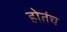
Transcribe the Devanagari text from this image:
होतंच